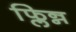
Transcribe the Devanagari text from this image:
फ्लिन्न